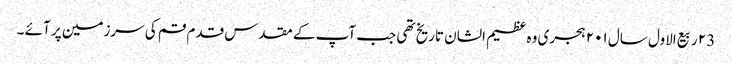
۲3 ربیع الاول سال ۲۰۱ ہجری وہ عظیم الشان تاریخ تھی جب آپ کے مقدس قدم قم کی سرزمین پر آئے ۔